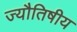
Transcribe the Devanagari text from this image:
ज्यौतिषीय